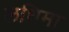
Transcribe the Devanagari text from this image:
लधिमा